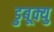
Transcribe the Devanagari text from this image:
डुबूक्यु